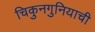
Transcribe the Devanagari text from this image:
चिकुनगुनियाची